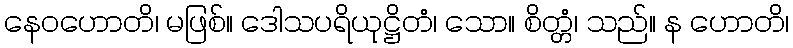
နေဝဟောတိ၊ မဖြစ်။ ဒေါသပရိယုဋ္ဌိတံ၊ သော။ စိတ္တံ၊ သည်။ န ဟောတိ၊